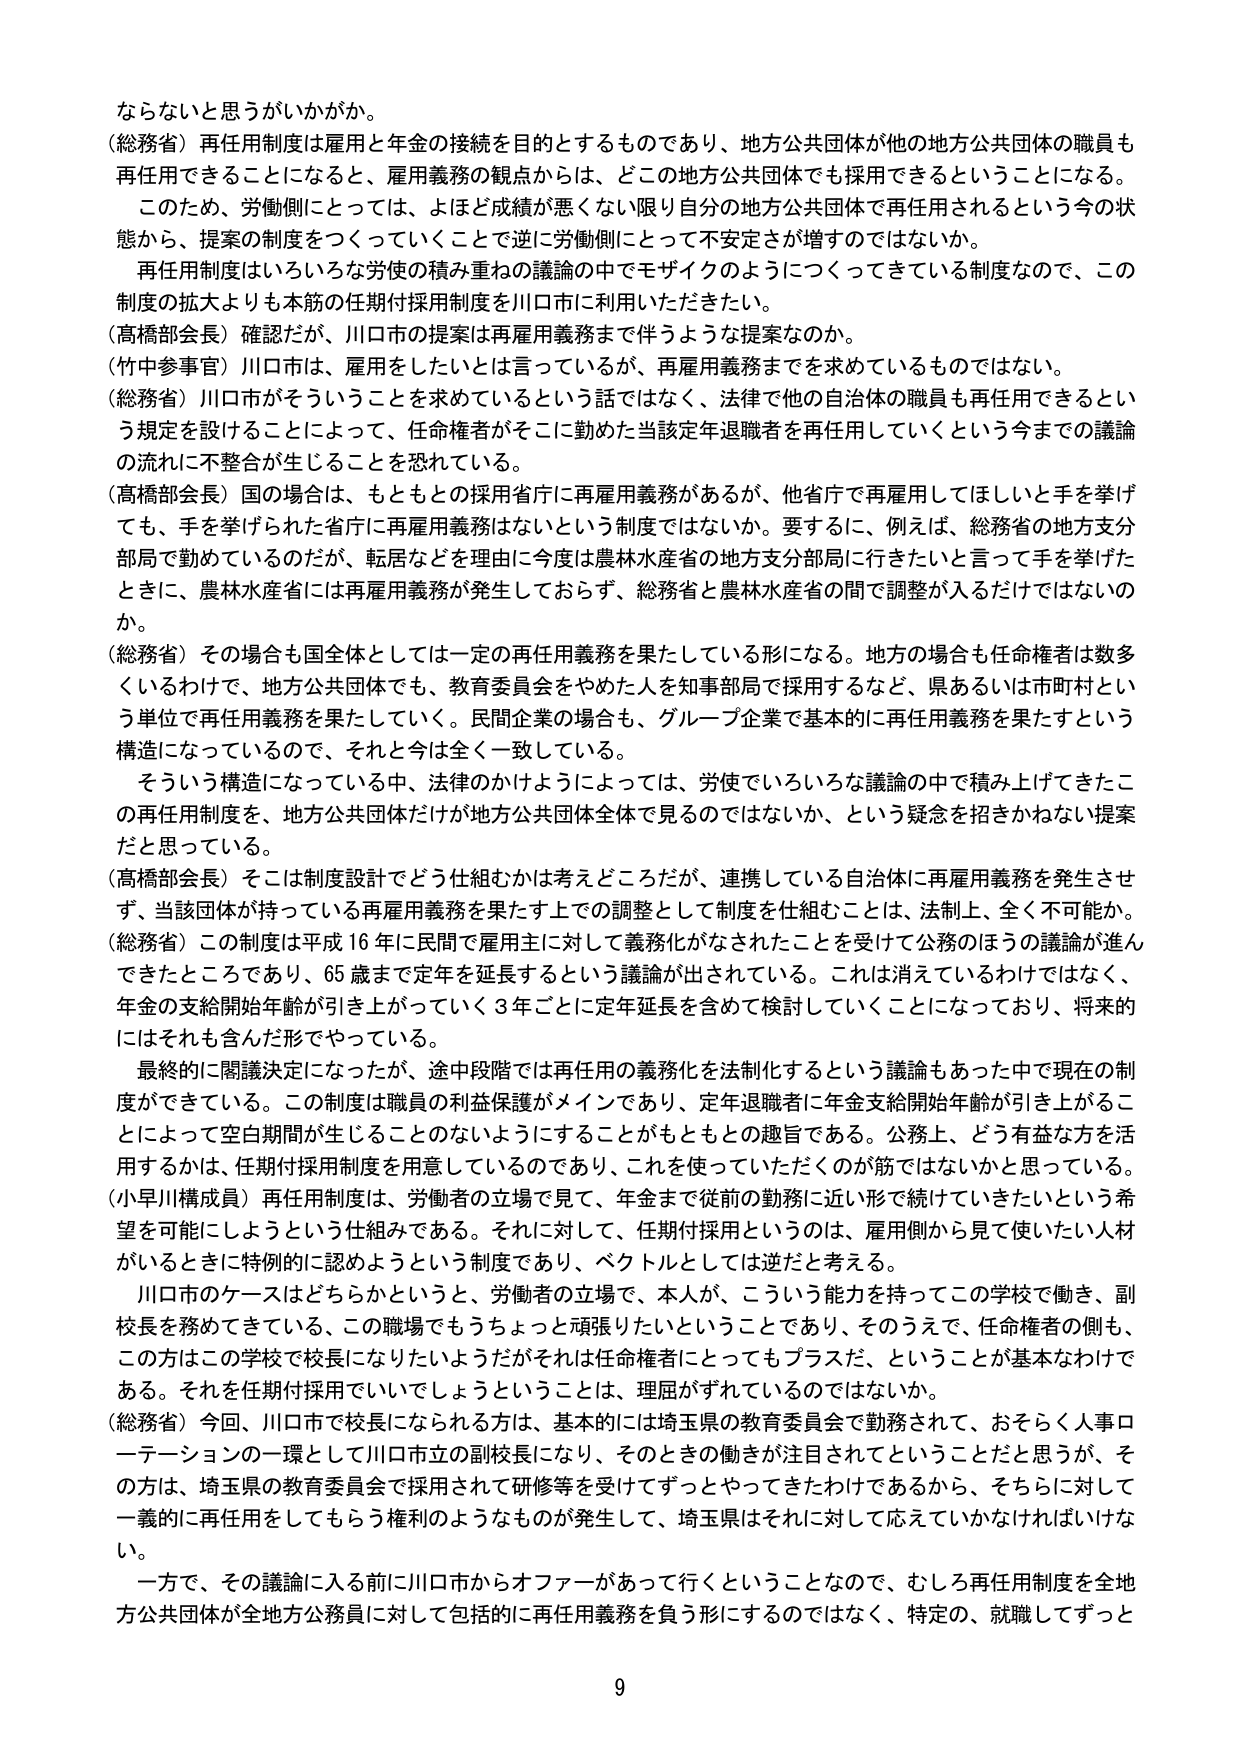
ならないと思うがいかがか。

（総務省）再任用制度は雇用と年金の接続を目的とするものであり、地方公共団体が他の地方公共団体の職員も再任用できることになると、雇用義務の観点からは、どこの地方公共団体でも採用できるということになる。

このため、労働側にとっては、よほど成績が悪くない限り自分の地方公共団体で再任用されるという今の状態から、提案の制度をつくっていくことで逆に労働側にとって不安定さが増すのではないか。

再任用制度はいろいろな労使の積み重ねの議論の中でモザイクのようにつくってきている制度なので、この制度の拡大よりも本筋の任期付採用制度を川口市に利用いただきたい。

（高橋部会長）確認だが、川口市の提案は再雇用義務まで伴うような提案なのか。

（竹中参事官）川口市は、雇用をしたいとは言っているが、再雇用義務までを求めているものではない。

（総務省）川口市がそういうことを求めているという話ではなく、法律で他の自治体の職員も再任用できるという規定を設けることによって、任命権者がそこに勤めた当該定年退職者を再任用していくという今までの議論の流れに不整合が生じることを恐れている。

（高橋部会長）国の場合は、もともとの採用省庁に再雇用義務があるが、他省庁で再雇用してほしいと手を挙げても、手を挙げられた省庁に再雇用義務はないという制度ではないか。要するに、例えば、総務省の地方支分部局で勤めているのだが、転居などを理由に今度は農林水産省の地方支分部局に行きたいと言って手を挙げたときに、農林水産省には再雇用義務が発生しておらず、総務省と農林水産省の間で調整が入るだけではないのか。

（総務省）その場合も国全体としては一定の再任用義務を果たしている形になる。地方の場合も任命権者は数多くいるわけで、地方公共団体でも、教育委員会をやめた人を知事部局で採用するなど、県あるいは市町村という単位で再任用義務を果たしていく。民間企業の場合も、グループ企業で基本的に再任用義務を果たすという構造になっているので、それと今は全く一致している。

そういう構造になっている中、法律のかけようによっては、労使でいろいろな議論の中で積み上げてきたこの再任用制度を、地方公共団体だけが地方公共団体全体で見るのではないか、という疑念を招きかねない提案だと思っている。

（高橋部会長）そこは制度設計でどう仕組むかは考えどころだが、連携している自治体に再雇用義務を発生させず、当該団体が持っている再雇用義務を果たす上での調整として制度を仕組むことは、法制上、全く不可能か。

（総務省）この制度は平成16年に民間で雇用主に対して義務化がなされたことを受けて公務のほうの議論が進んできたところであり、65歳まで定年を延長するという議論が出されている。これは消えているわけではなく、年金の支給開始年齢が引き上がっていく3年ごとに定年延長を含めて検討していくことになっており、将来的にはそれも含んだ形でやっている。

最終的に閣議決定になったが、途中段階では再任用の義務化を法制化するという議論もあった中で現在の制度ができている。この制度は職員の利益保護がメインであり、定年退職者に年金支給開始年齢が引き上がることによって空白期間が生じることのないようにすることがもともとの趣旨である。公務上、どう有益な方を活用するかは、任期付採用制度を用意しているのであり、これを使っていただくのが筋ではないかと思っている。

（小早川構成員）再任用制度は、労働者の立場で見て、年金まで従前の勤務に近い形で続けていきたいという希望を可能にしようという仕組みである。それに対して、任期付採用というのは、雇用側から見て使いたい人材がいるときに特例的に認めようという制度であり、ベクトルとしては逆だと考える。

川口市のケースはどちらかというと、労働者の立場で、本人が、こういう能力を持ってこの学校で働き、副校長を務めてきている、この職場でもうちょっと頑張りたいということであり、そのうえで、任命権者の側も、この方はこの学校で校長になりたいようだがそれは任命権者にとってもプラスだ、ということが基本なわけである。それを任期付採用でいいでしょうということは、理屈がずれているのではないか。

（総務省）今回、川口市で校長になられる方は、基本的には埼玉県の教育委員会で勤務されて、おそらく人事ローテーションの一環として川口市立の副校長になり、そのときの働きが注目されてということだと思うが、その方は、埼玉県の教育委員会で採用されて研修等を受けてずっとやってきたわけであるから、そちらに対して一義的に再任用をしてもらう権利のようなものが発生して、埼玉県はそれに対して応えていかなければいけない。

一方で、その議論に入る前に川口市からオファーがあって行くということなので、むしろ再任用制度を全地方公共団体が全地方公務員に対して包括的に再任用義務を負う形にするのではなく、特定の、就職してずっと

9